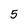
Character: 5